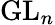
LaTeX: \operatorname{GL}_{n}